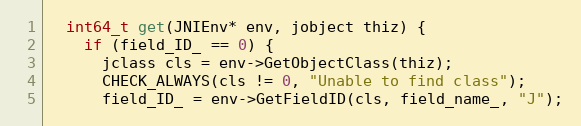
Language: C
  int64_t get(JNIEnv* env, jobject thiz) {
    if (field_ID_ == 0) {
      jclass cls = env->GetObjectClass(thiz);
      CHECK_ALWAYS(cls != 0, "Unable to find class");
      field_ID_ = env->GetFieldID(cls, field_name_, "J");